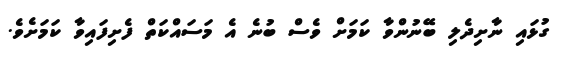
ގުޅައި ނާށިދެލި ބޭނުންވާ ކަމަށް ވެސް ބުނެ އެ މަސައްކަތް ފެށިފައިވާ ކަމަށެވެ.